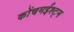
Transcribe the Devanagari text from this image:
कोंचमईश्ट्म